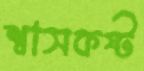
শ্বাসকষ্ট